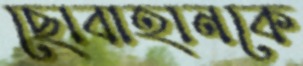
ছোবাহানকে